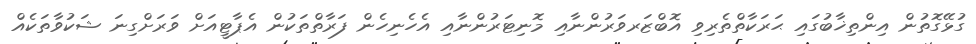
ގުޅޭގޮތުން އިންތިޚާބުގައި ޙަރަކާތްތެރިވި އޮބްޒަރވަރުންނާއި މޮނިޓަރުންނާއި އެހެނިހެން ފަރާތްތަކުން އެޕާޓީއަށް ވަރަށްގިނަ ޝަކުވާތަކެއް